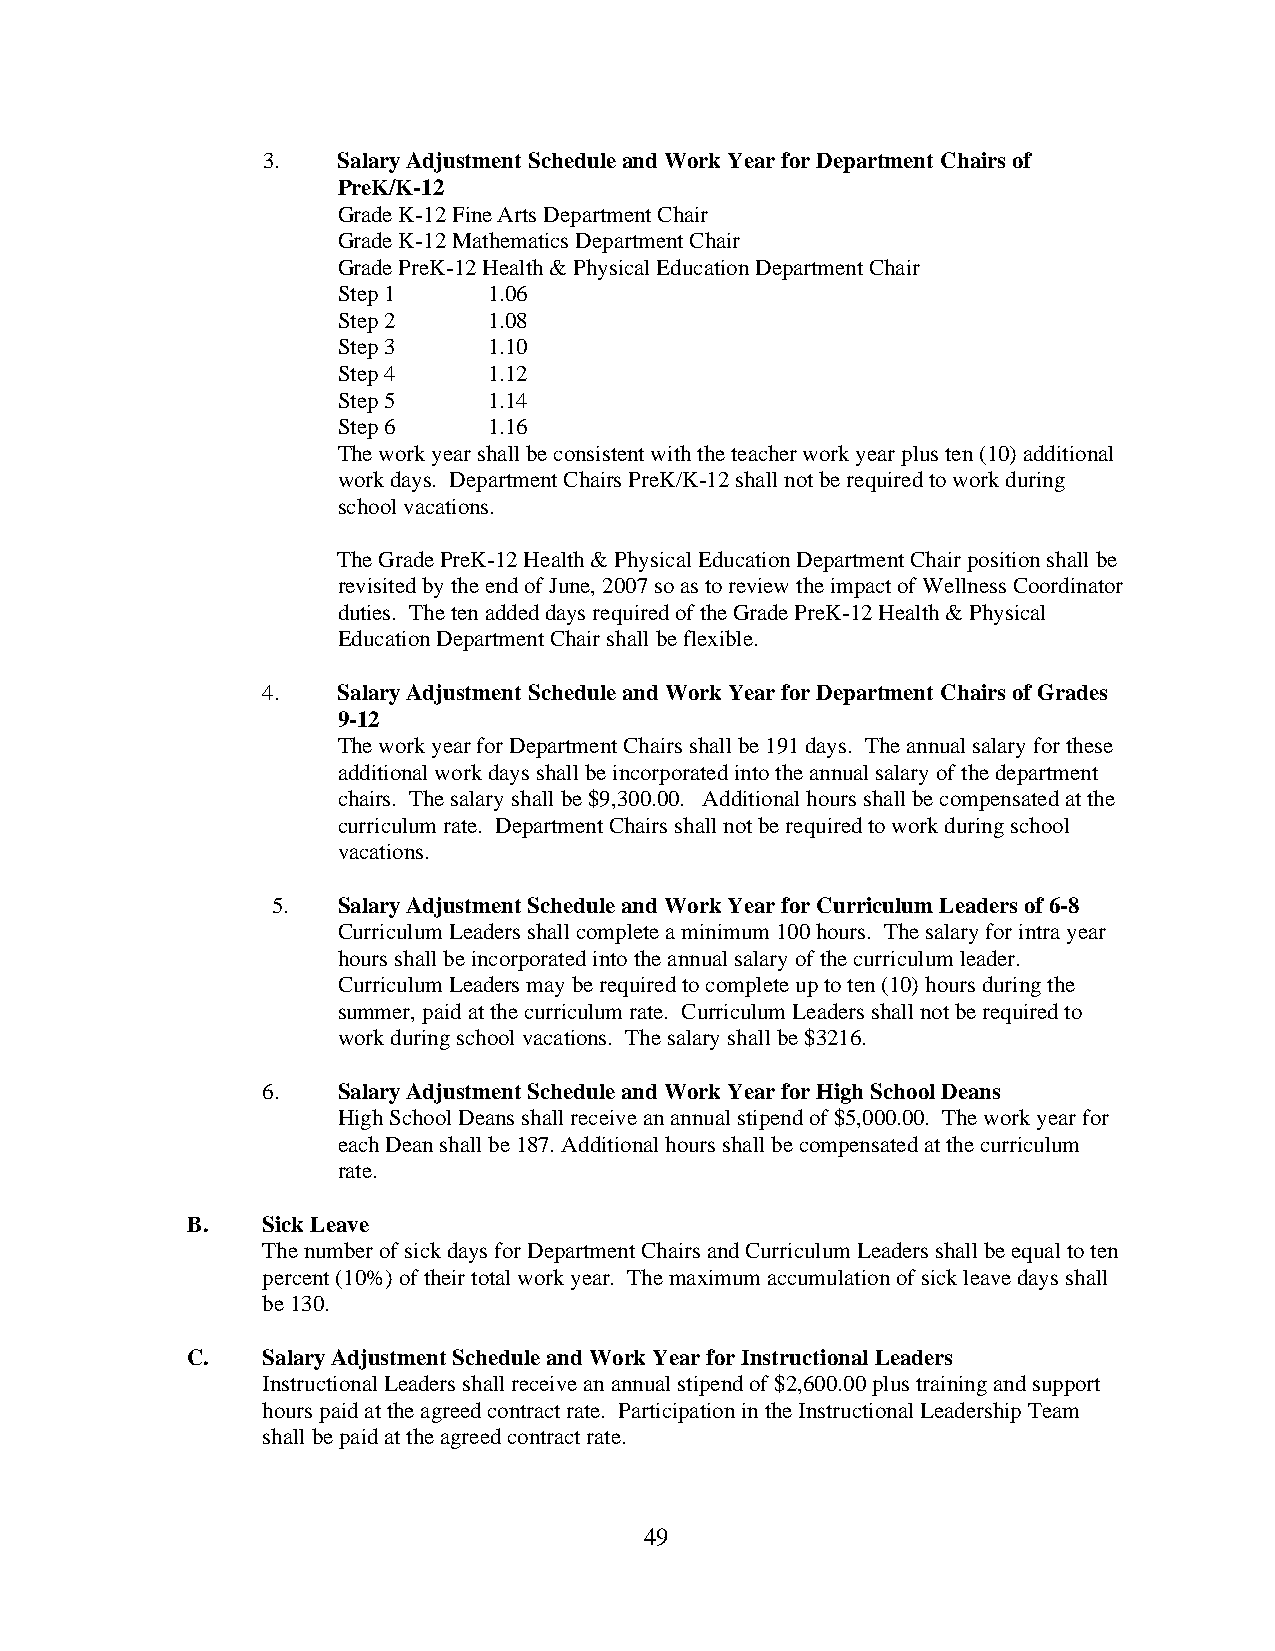
3.   Salary Adjustment Schedule and Work Year for Department Chairs of
 PreK/K-12
 Grade K-12 Fine Arts Department Chair
 Grade K-12 Mathematics Department Chair
 Grade PreK-12 Health & Physical Education Department Chair
 Step 1    1.06
 Step 2    1.08
 Step 3    1.10
 Step 4    1.12
 Step 5    1.14
 Step 6    1.16
 The work year shall be consistent with the teacher work year plus ten (10) additional
 work days. Department Chairs PreK/K-12 shall not be required to work during
 school vacations.
 The Grade PreK-12 Health & Physical Education Department Chair position shall be
 revisited by the end of June, 2007 so as to review the impact of Wellness Coordinator
 duties. The ten added days required of the Grade PreK-12 Health & Physical
 Education Department Chair shall be flexible.
 4.   Salary Adjustment Schedule and Work Year for Department Chairs of Grades
 9-12
 The work year for Department Chairs shall be 191 days. The annual salary for these
 additional work days shall be incorporated into the annual salary of the department
 chairs. The salary shall be $9,300.00. Additional hours shall be compensated at the
 curriculum rate. Department Chairs shall not be required to work during school
 vacations.
 5.  Salary Adjustment Schedule and Work Year for Curriculum Leaders of 6-8
 Curriculum Leaders shall complete a minimum 100 hours. The salary for intra year
 hours shall be incorporated into the annual salary of the curriculum leader.
 Curriculum Leaders may be required to complete up to ten (10) hours during the
 summer, paid at the curriculum rate. Curriculum Leaders shall not be required to
 work during school vacations. The salary shall be $3216.
 6.   Salary Adjustment Schedule and Work Year for High School Deans
 High School Deans shall receive an annual stipend of $5,000.00. The work year for
 each Dean shall be 187. Additional hours shall be compensated at the curriculum
 rate.
 B.   Sick Leave
 The number of sick days for Department Chairs and Curriculum Leaders shall be equal to ten
 percent (10%) of their total work year. The maximum accumulation of sick leave days shall
 be 130.
 C.   Salary Adjustment Schedule and Work Year for Instructional Leaders
 Instructional Leaders shall receive an annual stipend of $2,600.00 plus training and support
 hours paid at the agreed contract rate. Participation in the Instructional Leadership Team
 shall be paid at the agreed contract rate.
 49